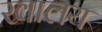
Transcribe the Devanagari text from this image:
खालय